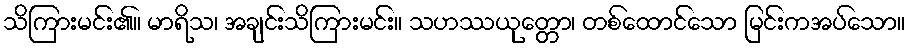
သိကြားမင်း၏။ မာရိသ၊ အချင်းသိကြားမင်း။ သဟဿယုတ္တော၊ တစ်ထောင်သော မြင်းကအပ်သော။